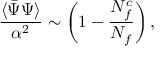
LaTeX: { \frac { \langle \bar { \Psi } \Psi \rangle } { \alpha ^ { 2 } } } \sim \left( 1 - { \frac { N _ { f } ^ { c } } { N _ { f } } } \right) ,